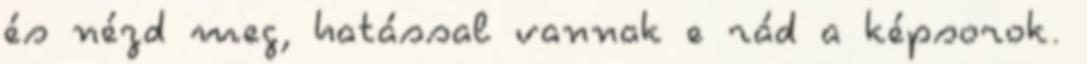
és nézd meg, hatással vannak e rád a képsorok.